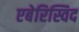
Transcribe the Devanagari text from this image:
एबेरिस्विद